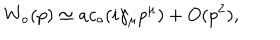
W _ { \circ } ( p ) \simeq a c _ { \circ } ( i \gamma _ { \mu } p ^ { \mu } ) + O ( p ^ { 2 } ) ,